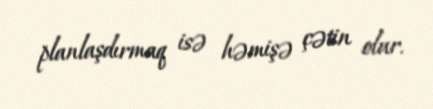
planlaşdırmaq isə həmişə çətin olur.